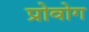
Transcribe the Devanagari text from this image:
प्रोवोग